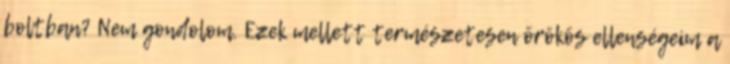
boltban? Nem gondolom. Ezek mellett természetesen örökös ellenségeim a